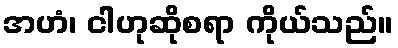
အဟံ၊ ငါဟုဆိုစရာ ကိုယ်သည်။